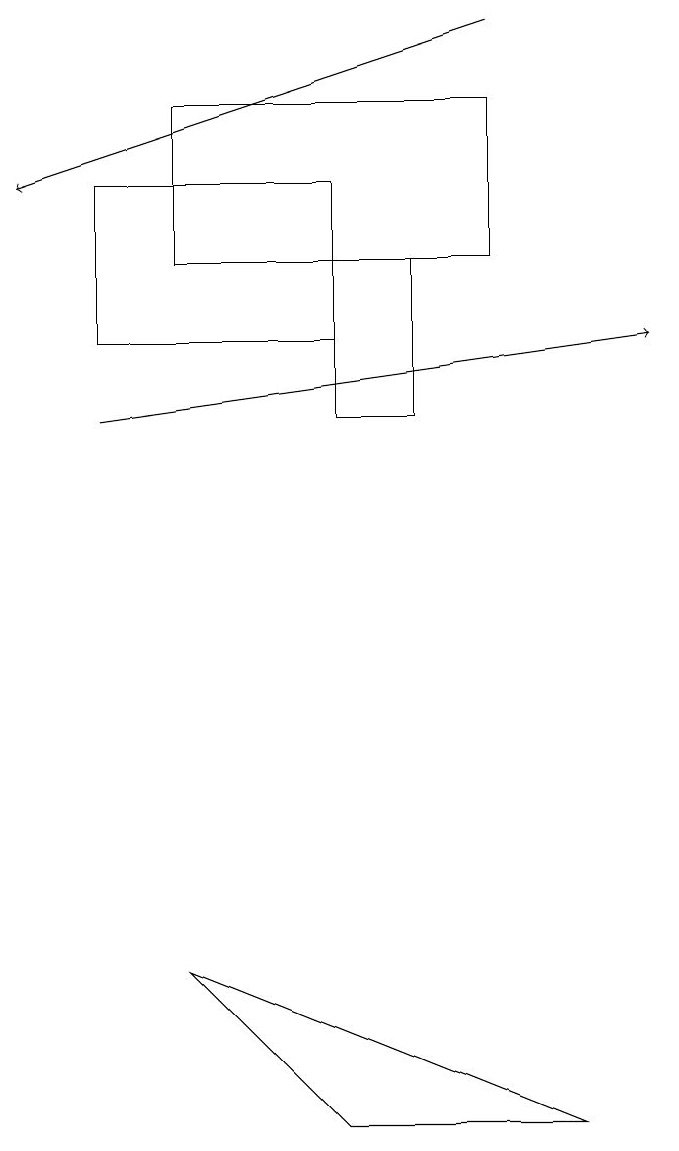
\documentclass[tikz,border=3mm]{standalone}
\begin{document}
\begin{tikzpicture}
\draw (5,16) rectangle (6,14);
\draw[->] (7,19) -- (1,17);
\draw (3,16) rectangle (7,18);
\draw (2,17) rectangle (5,15);
\draw[->] (2,14) -- (9,15);
\draw (5,5) -- (3,7) -- (8,5) -- cycle;
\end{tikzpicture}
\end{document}